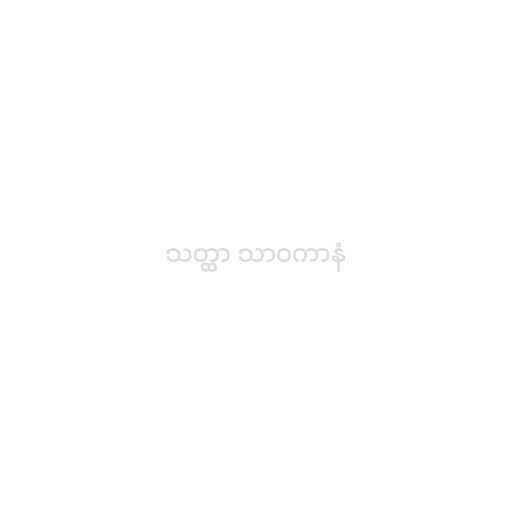
သတ္ထာ သာဝကာနံ